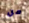
من